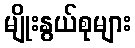
မျိုးနွယ်စုများ